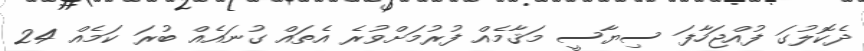
ދެކޮލުގަ ފުއްޖަހާފަ ސިޔާސީ މަޤާމެއް ފުރުމަށްވުރެ އެތައް ގުނައެއް ބުރަ ކަމެއް 24